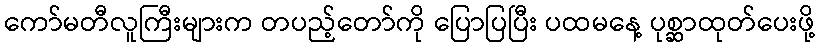
ကော်မတီလူကြီးများက တပည့်တော်ကို ပြောပြပြီး ပထမနေ့ ပုစ္ဆာထုတ်ပေးဖို့